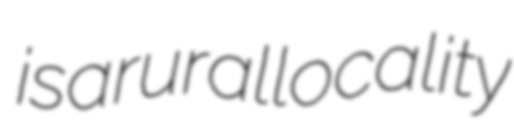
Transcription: is a rural locality